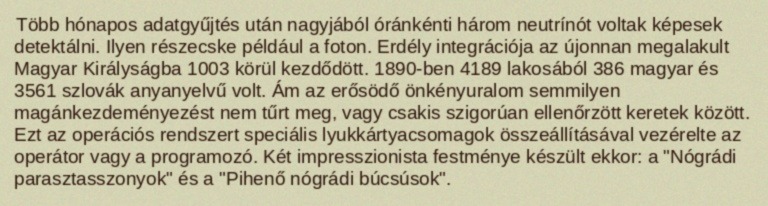
Több hónapos adatgyűjtés után nagyjából óránkénti három neutrínót voltak képesek detektálni. Ilyen részecske például a foton. Erdély integrációja az újonnan megalakult Magyar Királyságba 1003 körül kezdődött. 1890-ben 4189 lakosából 386 magyar és 3561 szlovák anyanyelvű volt. Ám az erősödő önkényuralom semmilyen magánkezdeményezést nem tűrt meg, vagy csakis szigorúan ellenőrzött keretek között. Ezt az operációs rendszert speciális lyukkártyacsomagok összeállításával vezérelte az operátor vagy a programozó. Két impresszionista festménye készült ekkor: a "Nógrádi parasztasszonyok" és a "Pihenő nógrádi búcsúsok".